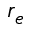
r _ { e }